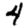
Digit: 4